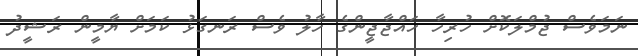
ނަަމަވެސް ޖުމްލަކޮށް ހުރިހާ ހައްޖާޖީންގެ ހާލު ވެސް ރަނގަޅު ކަމަށް ޔާމީން ރަޝީދު